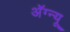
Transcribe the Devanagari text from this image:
अॅग्न्यू